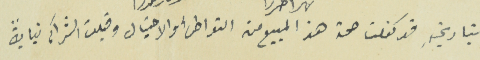
بتاريخهِ قد كفلت صحة هذا المبيع من التواطىء والاحتيال وقبلت الشرآء نيابةً